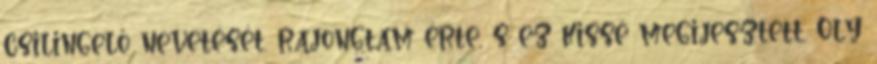
csilingelő nevetését. rajongtam érte, s ez kissé megijesztett. Oly